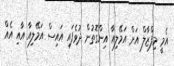
އެމީ މިފްޒާލް އަށް އަމޭލިއާ އިންގޮތުން ދުވެފައި އައިސް އަމޭލިއާ އާއި އެއް